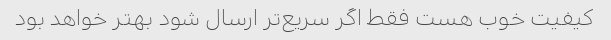
کیفیت خوب هست فقط اگر سریع‌تر ارسال شود بهتر خواهد بود